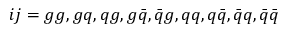
i j = g g , g q , q g , g \bar { q } , \bar { q } g , q q , q \bar { q } , \bar { q } q , \bar { q } \bar { q }